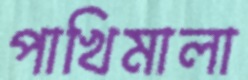
পাখিমালা